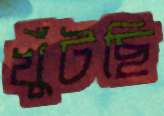
খুঁটছি